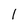
Character: l